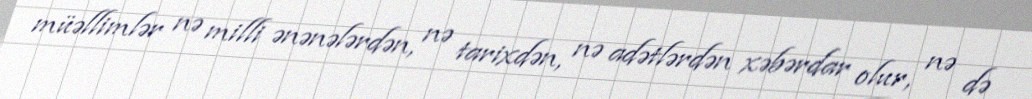
müəllimlər nə milli ənənələrdən, nə tarixdən, nə adətlərdən xəbərdar olur, nə də